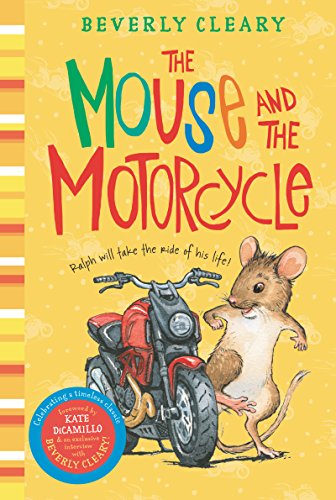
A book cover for The Mouse and the Motorcycle; Beverly Cleary; Children's Books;